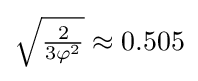
{\sqrt {\tfrac {2}{3\varphi ^{2}}}}\approx 0.505